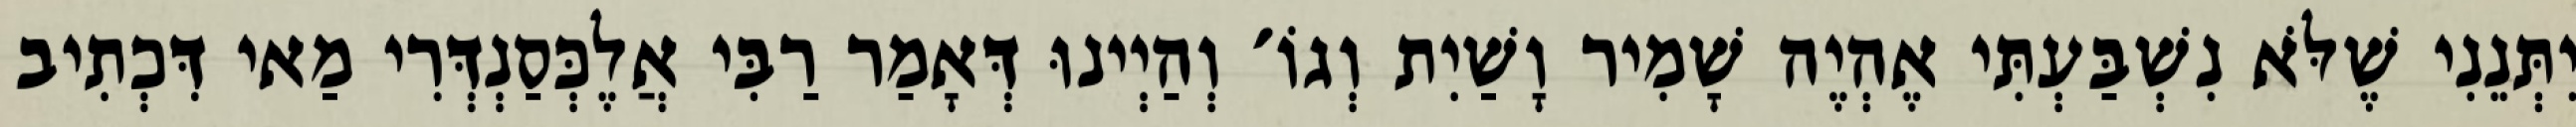
יִתְּנֵנִי שֶׁלֹּא נִשְׁבַּעְתִּי אֶהְיֶה שָׁמִיר וָשַׁיִת וְגוֹ׳ וְהַיְינוּ דְּאָמַר רַבִּי אֲלֶכְּסַנְדְּרִי מַאי דִּכְתִיב